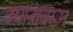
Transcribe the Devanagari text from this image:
उद्यानावरून